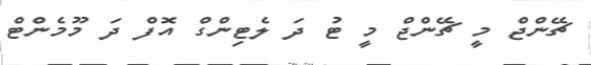
ޗޭންޖް މީ ޗޭންޖް މީ ޓު ދަ ލެޓިންގް އޮފް ދަ މޫމެންޓް